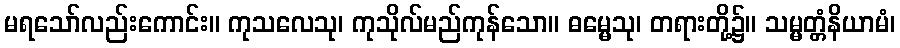
မရသော်လည်းကောင်း။ ကုသလေသု၊ ကုသိုလ်မည်ကုန်သော။ ဓမ္မေသု၊ တရားတို့၌။ သမ္မတ္တံနိယာမံ၊